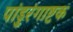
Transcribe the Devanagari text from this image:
पांडुरंगाष्टक